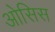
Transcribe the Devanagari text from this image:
ओसिस